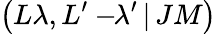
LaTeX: \left(L\lambda,L^{\prime}-\! \! \lambda^{\prime}\, |\, JM\right)